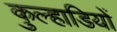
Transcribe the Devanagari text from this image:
कुल्हाडियों